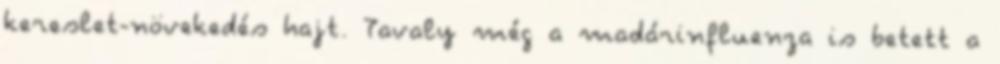
kereslet-növekedés hajt. Tavaly még a madárinfluenza is betett a